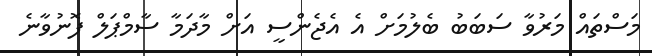
މަސްތައް މަރުވާ ސަބަބު ބެލުމަށް އެ އެޖެންސީ އަށް މާދަމާ ސާމްޕަލް ފޮނުވާނެ